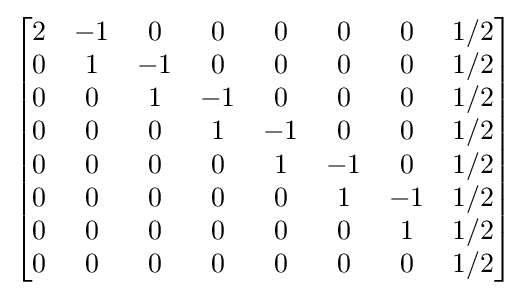
\left[{\begin{matrix}2&-1&0&0&0&0&0&1/2\\0&1&-1&0&0&0&0&1/2\\0&0&1&-1&0&0&0&1/2\\0&0&0&1&-1&0&0&1/2\\0&0&0&0&1&-1&0&1/2\\0&0&0&0&0&1&-1&1/2\\0&0&0&0&0&0&1&1/2\\0&0&0&0&0&0&0&1/2\end{matrix}}\right]